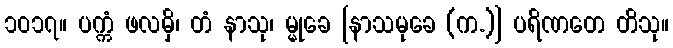
၁၀၁၇။ ပက္ကံ ဖလမှိ၊ တံ နာသု၊ မ္မုခေ [နာသမုခေ (က.)] ပရိဏတေ တိသု။